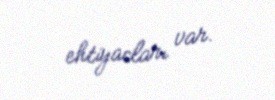
ehtiyacları var.